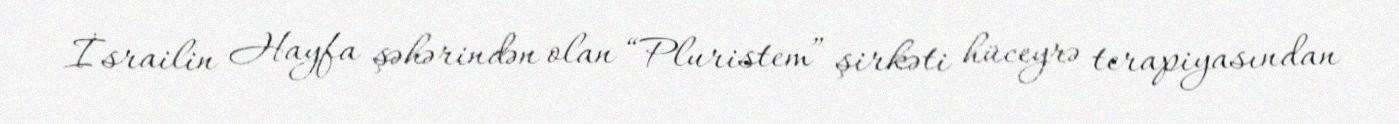
İsrailin Hayfa şəhərindən olan “Pluristem” şirkəti hüceyrə terapiyasından